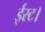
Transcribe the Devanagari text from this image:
ईस्ट।